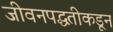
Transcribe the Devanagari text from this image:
जीवनपद्धतीकडून